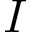
I